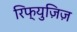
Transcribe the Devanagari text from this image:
रिफ्युज़िज़